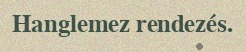
Hanglemez rendezés.